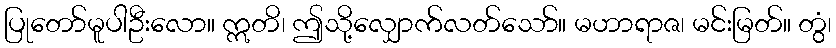
ပြုတော်မူပါဦးလော။ ဣတိ၊ ဤသို့လျှောက်လတ်သော်။ မဟာရာဇ၊ မင်းမြတ်။ တွံ၊